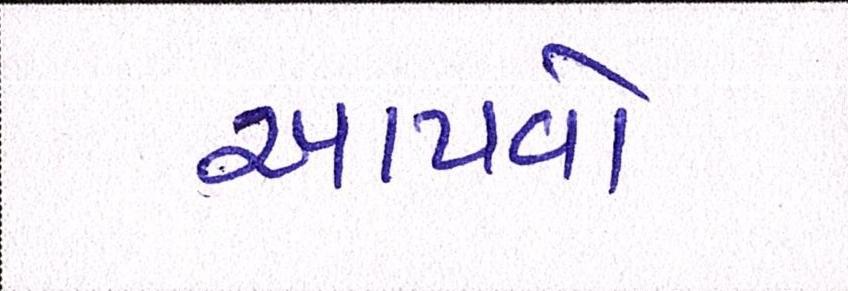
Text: આપવો